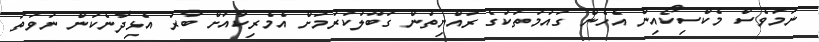
ނަމަވެސް މެކްސިކޯއިން އެހެން ގައުމުތަކުގެ ރައްޔިތުން ގަބޫލުކުރުމަށް އެމެރިކާއަށް ބާރު އެޅިދާނެކަން ނުވަތަ